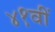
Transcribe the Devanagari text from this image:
४१वीं